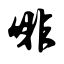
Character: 啡